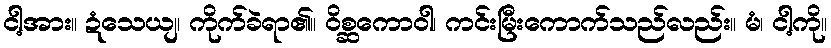
ငါ့အား။ ဍံသေယျ၊ ကိုက်ခဲရာ၏။ ဝိစ္ဆကောဝါ၊ ကင်းမြီးကောက်သည်လည်း။ မံ၊ ငါ့ကို။